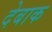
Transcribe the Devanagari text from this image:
देबाक